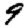
Digit: 9